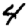
Digit: 4